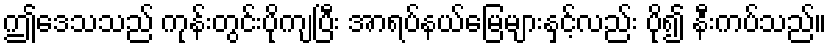
ဤဒေသသည် ကုန်းတွင်းပိုကျပြီး အာရပ်နယ်မြေများနှင့်လည်း ပို၍ နီးကပ်သည်။